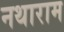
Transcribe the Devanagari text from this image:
नथाराम